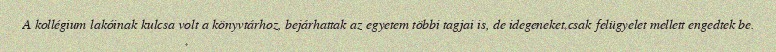
A kollégium lakóinak kulcsa volt a könyvtárhoz, bejárhattak az egyetem többi tagjai is, de idegeneket csak felügyelet mellett engedtek be.